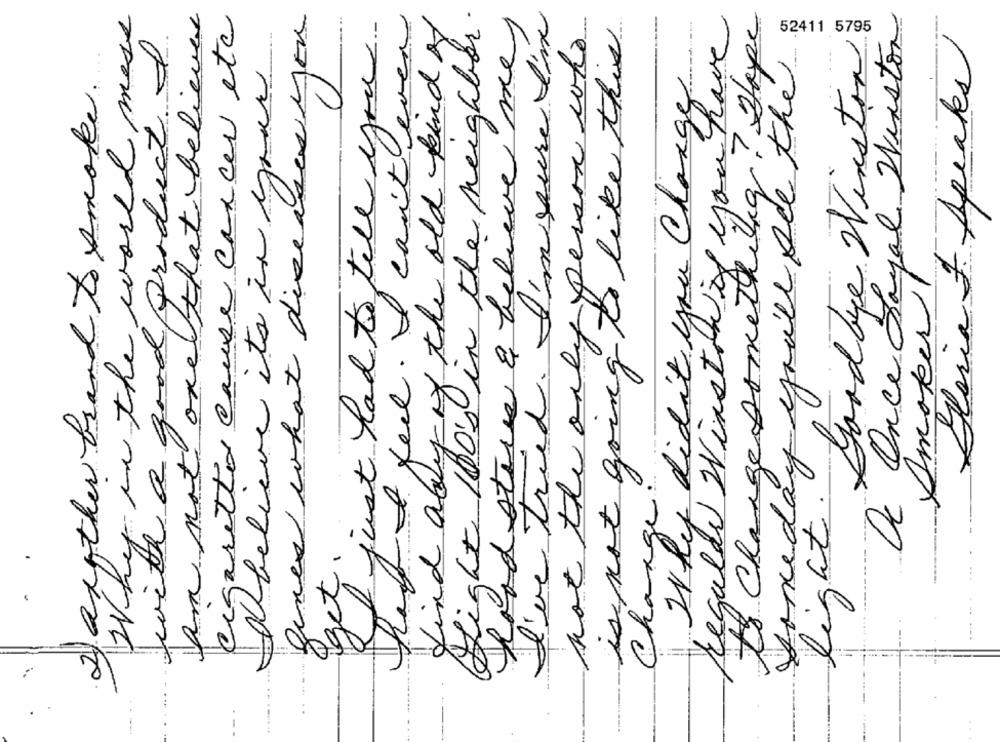
am not one that believed
fines what diseases you
Why in the world mese
cigarette cause cancer etc
I just had to tell you
f& feel. I can't even
Lind ably of the old kind of
Hlight 100's in the neighbor.
Road sters & believe me
l've tried. I'msure I'm
De Once Hayal Winston
not the only person who
is not going to like this
to Change something? Hope
with a good product I
regular Winstonif you have
52411 5795
Goodbye Winston
Gloria F Apeakes
someday you'll see the
Webelieve its in your
2) axother brand to smoke.
Why didn't you Change
Amoker!
.0
light.
Change
get.